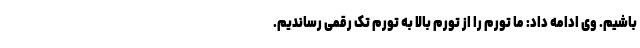
باشیم. وی ادامه داد: ما تورم را از تورم بالا به تورم تک رقمی رساندیم.